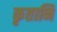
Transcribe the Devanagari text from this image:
कृतानि